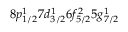
8 p _ { 1 / 2 } ^ { 1 } 7 d _ { 3 / 2 } ^ { 1 } 6 f _ { 5 / 2 } ^ { 2 } 5 g _ { 7 / 2 } ^ { 1 }